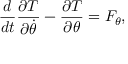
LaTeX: { \frac { d } { d t } } { \frac { \partial T } { \partial { \dot { \theta } } } } - { \frac { \partial T } { \partial \theta } } = F _ { \theta } ,